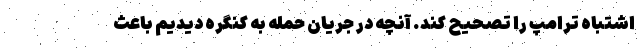
اشتباه ترامپ را تصحیح کند. آنچه در جریان حمله به کنگره دیدیم باعث